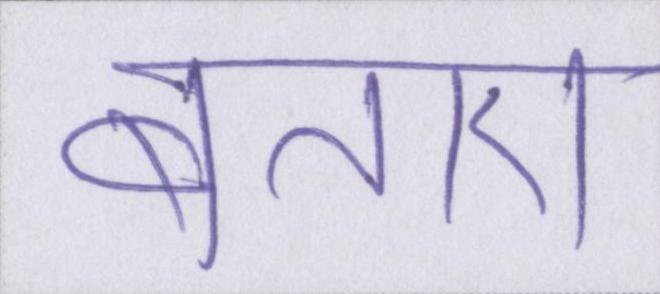
बताए